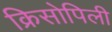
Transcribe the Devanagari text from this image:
क्रिसोपिली